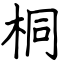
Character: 桐